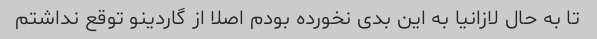
تا به حال لازانیا به این بدی نخورده بودم اصلا از گاردینو توقع نداشتم